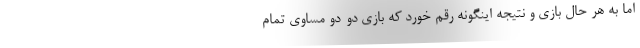
اما به هر حال بازی و نتیجه اینگونه رقم خورد که بازی دو-دو مساوی تمام